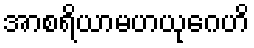
အာစရိယာမဟယုဂေဟိ